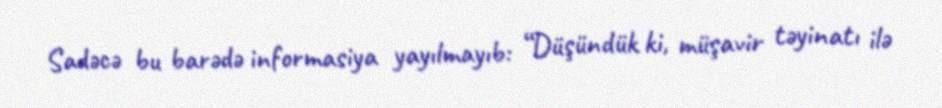
Sadəcə bu barədə informasiya yayılmayıb: “Düşündük ki, müşavir təyinatı ilə